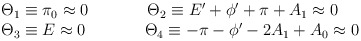
\begin{align*}\begin{array}{l} \Theta_1 \equiv \pi_0 \approx 0 \hspace{1.5cm} \Theta_2\equiv E' + \phi' + \pi + A_1 \approx 0 \\ \Theta_3 \equiv E\approx 0 \hspace{1.5cm} \Theta_4 \equiv -\pi - \phi' - 2A_1 + A_0 \approx 0 \end{array} \end{align*}